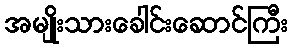
အမျိုးသားခေါင်းဆောင်ကြီး